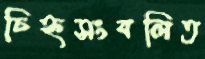
চিহ্নসংবলিত